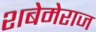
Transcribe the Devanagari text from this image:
शबेमेराज